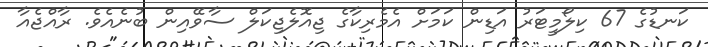
ކަނޑުގެ 67 ކިލޯމީޓަރު އަޑިން ކަމަށް އެމެރިކާގެ ޖިއޮލެޖިކަލް ސާވޭއިން ބުނެއެވެ. ރާއްޖެއާ